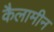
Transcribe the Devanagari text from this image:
कैलामीन